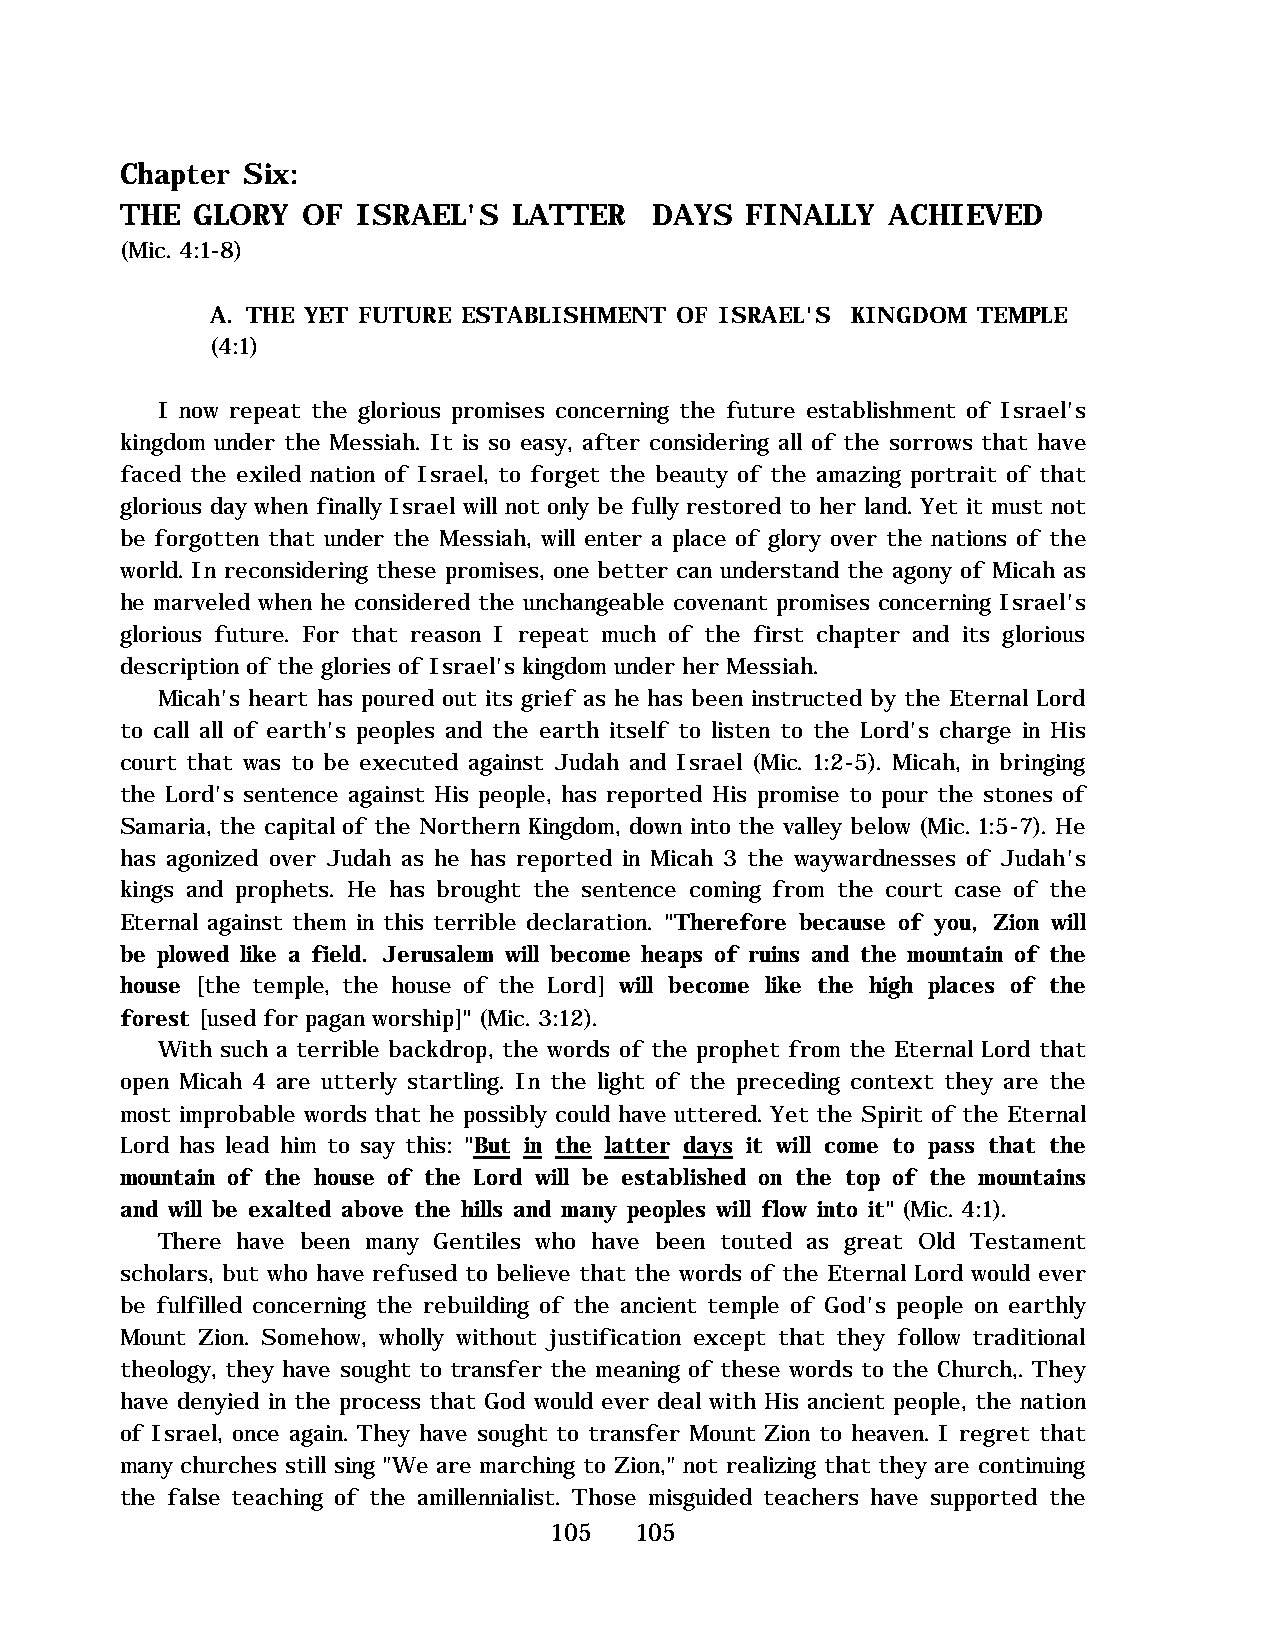
Chapter Six:
 THE  GLORY  OF  ISRAEL'S  LATTER   DAYS  FINALLY   ACHIEVED
 (Mic. 4:1-8)
 A. THE YET FUTURE ESTABLISHMENT OF ISRAEL'S KINGDOM TEMPLE
 (4:1)
 I now repeat the glorious promises concerning the future establishment of Israel's
 kingdom under the Messiah. It is so easy, after considering all of the sorrows that have
 faced the exiled nation of Israel, to forget the beauty of the amazing portrait of that
 glorious day when finally Israel will not only be fully restored to her land. Yet it must not
 be forgotten that under the Messiah, will enter a place of glory over the nations of the
 world. In reconsidering these promises, one better can understand the agony of Micah as
 he marveled when he considered the unchangeable covenant promises concerning Israel's
 glorious future. For that reason I repeat much of the first chapter and its glorious
 description of the glories of Israel's kingdom under her Messiah.
 Micah's heart has poured out its grief as he has been instructed by the Eternal Lord
 to call all of earth's peoples and the earth itself to listen to the Lord's charge in His
 court that was to be executed against Judah and Israel (Mic. 1:2-5). Micah, in bringing
 the Lord's sentence against His people, has reported His promise to pour the stones of
 Samaria, the capital of the Northern Kingdom, down into the valley below (Mic. 1:5-7). He
 has agonized over Judah as he has reported in Micah 3 the waywardnesses of Judah's
 kings and prophets. He has brought the sentence coming from the court case of the
 Eternal against them in this terrible declaration. "Therefore because of you, Zion will
 be plowed like a field. Jerusalem will become heaps of ruins and the mountain of the
 house [the temple, the house of the Lord] will become like the high places of the
 forest [used for pagan worship]" (Mic. 3:12).
 With such a terrible backdrop, the words of the prophet from the Eternal Lord that
 open Micah 4 are utterly startling. In the light of the preceding context they are the
 most improbable words that he possibly could have uttered. Yet the Spirit of the Eternal
 Lord has lead him to say this: "But in the latter days it will come to pass that the
 mountain of the house of the Lord will be established on the top of the mountains
 and will be exalted above the hills and many peoples will flow into it" (Mic. 4:1).
 There have been many Gentiles who have been touted as great Old Testament
 scholars, but who have refused to believe that the words of the Eternal Lord would ever
 be fulfilled concerning the rebuilding of the ancient temple of God's people on earthly
 Mount Zion. Somehow, wholly without justification except that they follow traditional
 theology, they have sought to transfer the meaning of these words to the Church,. They
 have denyied in the process that God would ever deal with His ancient people, the nation
 of Israel, once again. They have sought to transfer Mount Zion to heaven. I regret that
 many churches still sing "We are marching to Zion," not realizing that they are continuing
 the false teaching of the amillennialist. Those misguided teachers have supported the
 105   105